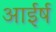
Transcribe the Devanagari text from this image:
आईर्ष